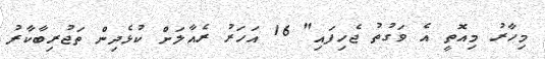
މިހާރު މިއޮތީ އެ ވަގުތު ޖެހިފައި" 16 އަހަރު ރެއާލަށް ކުޅެދިން ތަޖުރިބާކާރު